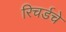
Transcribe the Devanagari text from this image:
रिचर्डचे